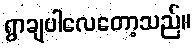
ရွာချပါလေတော့သည်။